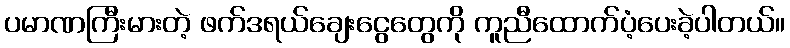
ပမာဏကြီးမားတဲ့ ဖက်ဒရယ်ချေးငွေတွေကို ကူညီထောက်ပံ့ပေးခဲ့ပါတယ်။